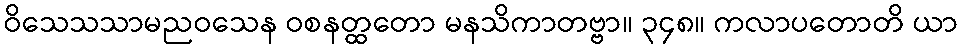
ဝိသေသသာမညဝသေန ဝစနတ္ထတော မနသိကာတဗ္ဗာ။ ၃၄၈။ ကလာပတောတိ ယာ